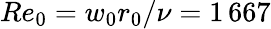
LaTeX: Re_{0}=w_{0}r_{0}/\nu=1\, 667